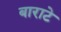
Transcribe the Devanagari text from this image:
बाराटे